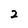
Character: 2